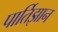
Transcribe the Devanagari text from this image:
पार्तिझान